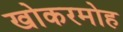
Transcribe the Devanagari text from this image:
खोकरमोह